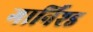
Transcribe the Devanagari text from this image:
गार्निश्ड